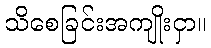
သိစေခြင်းအကျိုးငှာ။